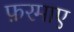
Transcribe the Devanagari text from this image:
फ़रमाए